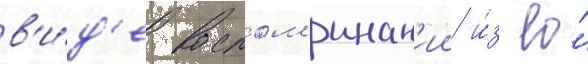
в'и́д'е воспом'инан'ии и́з ео́